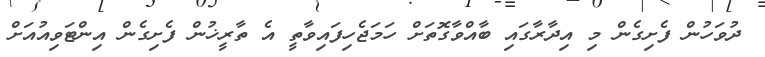
ދުވަހުން ފެށިގެން މި އިދާރާގައި ބާއްވާގޮތަށް ހަމަޖެހިފައިވާތީ އެ ތާރީޚުން ފެށިގެން އިންޓަވިއުއަށް